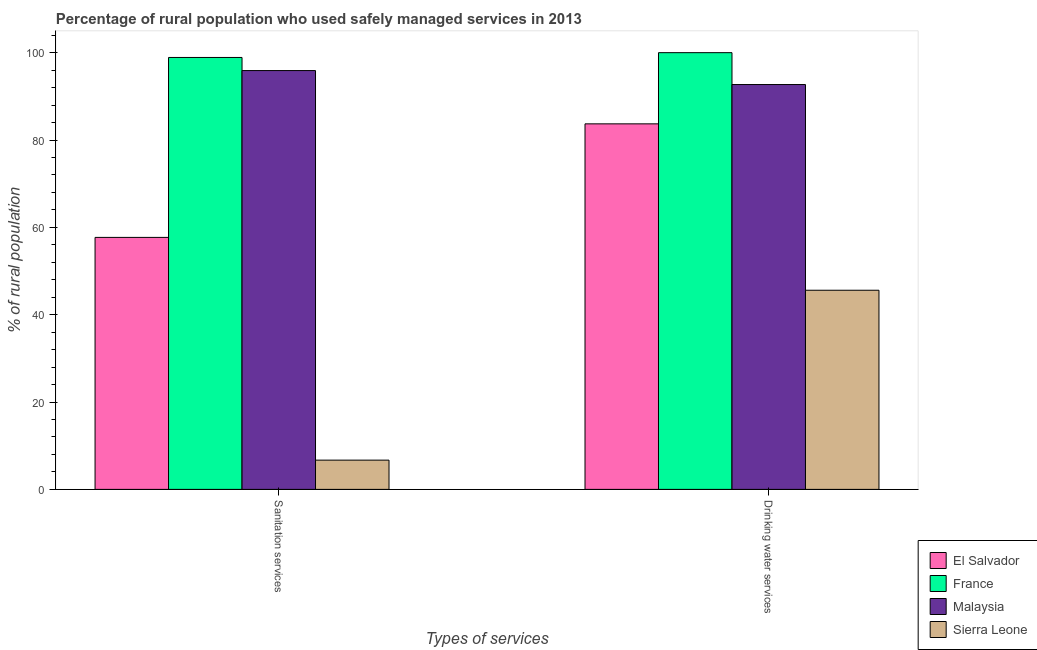
| Types of services | El Salvador | France | Malaysia | Sierra Leone |
 | --- | --- | --- | --- | --- |
 | Sanitation services | 57.7 | 98.9 | 95.9 | 6.7 |
 | Drinking water services | 83.7 | 100 | 92.7 | 45.6 |